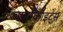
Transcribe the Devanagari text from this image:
चार्नोकाइट्स